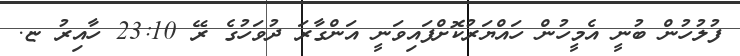
ފުލުހުން ބުނީ އެމީހުން ހައްޔަރުކޮށްފައިވަނީ އަންގާރަ ދުވަހުގެ ރޭ 23:10 ހާއިރު ޏ.